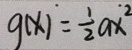
g ( x ) = \frac { 1 } { 2 } a x ^ { 2 }